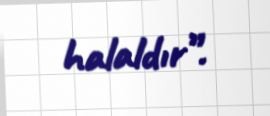
halaldır”.